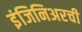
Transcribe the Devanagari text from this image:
इंजिनिअरची